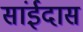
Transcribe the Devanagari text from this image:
सांईदास